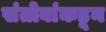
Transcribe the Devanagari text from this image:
संतोबांकडून